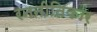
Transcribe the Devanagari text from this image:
रननीतिकार